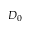
D _ { 0 }